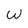
Character: W